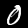
Label: 0